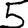
Digit: 5